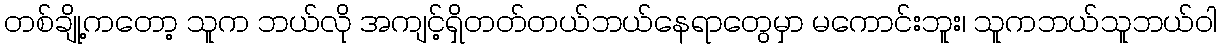
တစ်ချို့ကတော့ သူက ဘယ်လို အကျင့်ရှိတတ်တယ်ဘယ်နေရာတွေမှာ မကောင်းဘူး၊ သူကဘယ်သူဘယ်ဝါ